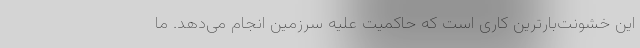
این خشونت‌بارترین کاری است که حاکمیت علیه سرزمین انجام می‌دهد. ما